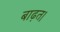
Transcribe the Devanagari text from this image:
बाढ़त।